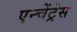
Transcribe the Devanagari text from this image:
एन्चेंट्रेस